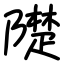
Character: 𨼪